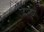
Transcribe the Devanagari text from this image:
दिपुझा